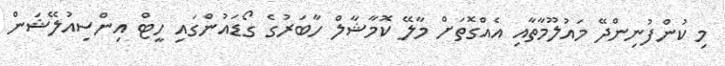
މި ކުންފުނިންދޭ މައުލޫމާތާއި އެއްގޮތަށް މާލޭ ކޮމާޝާލް ހާބަރުގެ ގޯޑައުންގައި ހީޓް އިންސިއުލޭޝަން